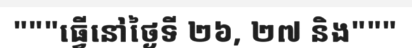
"""ធ្វើនៅថ្ងៃទី ២៦, ២៧ និង"""